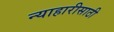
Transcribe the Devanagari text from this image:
न्याहारीसाठी